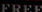
FREE